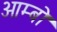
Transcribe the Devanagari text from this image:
आम्बो